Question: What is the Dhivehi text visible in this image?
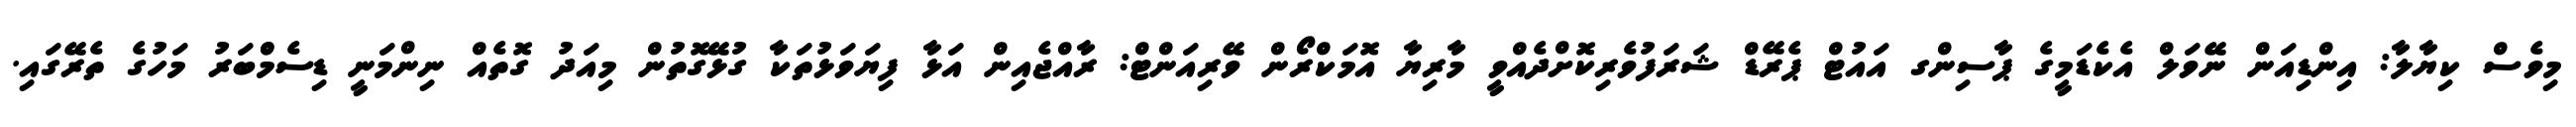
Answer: މިވެސް ކިޔާލާ: އިންޑިއަން ނޭވަލް އެކެޑަމީގެ ޕާސިންގ އައުޓް ޕެރޭޑް ޝަރަފުވެރިކޮށްދެއްވީ މާރިޔާ އޮމަކްރޯން ވޭރިއަންޓް: ރާއްޖެއިން އަޅާ ފިޔަވަޅުތަކާ ގުޅޭގޮތުން މިއަދު ގޮތެއް ނިންމަނީ ޑިސެމްްބަރު މަހުގެ ތެރޭގައި.